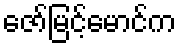
ဇော်မြင့်မောင်က